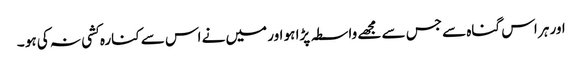
اور ہر اس گناہ سے جس سے مجھے واسطہ پڑا ہو اور میں نے اس سے کنارہ کشی نہ کی ہو ۔